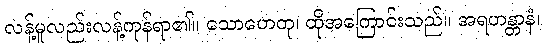
လန့်မူလည်းလန့်ကုန်ရာ၏။ သောဟေတု၊ ထိုအကြောင်းသည်။ အရဟန္တာနံ၊